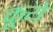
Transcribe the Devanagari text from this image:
कूये